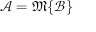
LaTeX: { \mathcal { A } } = { \mathfrak { M } } \{ { \mathcal { B } } \}